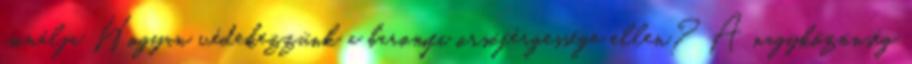
csinálja Hogyan védekezzünk a baromfi orsóférgessége ellen? A nagyközönség